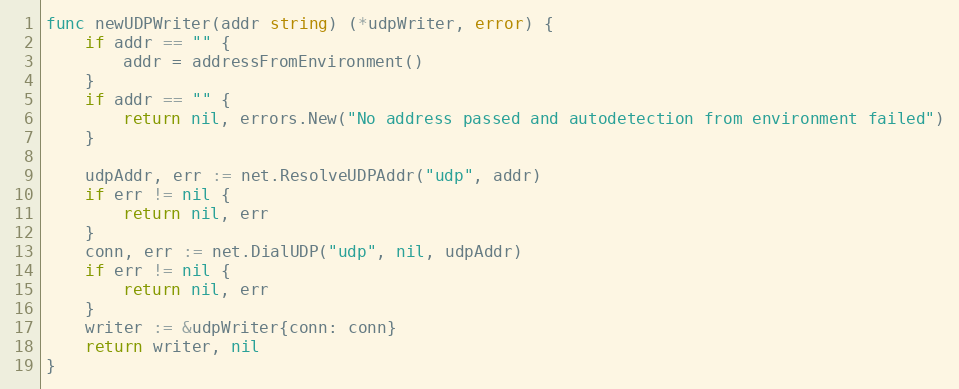
Language: Go
func newUDPWriter(addr string) (*udpWriter, error) {
	if addr == "" {
		addr = addressFromEnvironment()
	}
	if addr == "" {
		return nil, errors.New("No address passed and autodetection from environment failed")
	}

	udpAddr, err := net.ResolveUDPAddr("udp", addr)
	if err != nil {
		return nil, err
	}
	conn, err := net.DialUDP("udp", nil, udpAddr)
	if err != nil {
		return nil, err
	}
	writer := &udpWriter{conn: conn}
	return writer, nil
}